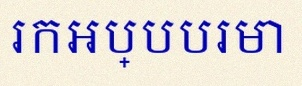
រកអប្បបរមា